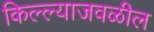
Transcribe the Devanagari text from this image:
किल्ल्याजवळील